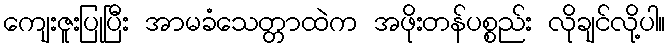
ကျေးဇူးပြုပြီး အာမခံသေတ္တာထဲက အဖိုးတန်ပစ္စည်း လိုချင်လို့ပါ။